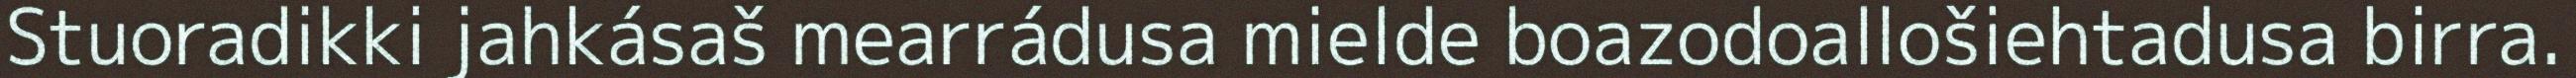
Stuoradikki jahkásaš mearrádusa mielde boazodoallošiehtadusa birra.